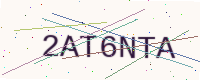
Text: 2AT6NTA